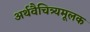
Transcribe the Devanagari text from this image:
अर्थवैचित्र्यमूलक